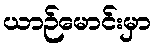
ယာဉ်မောင်းမှာ